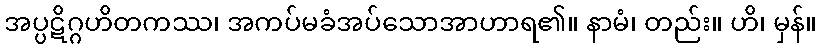
အပ္ပဋိဂ္ဂဟိတကဿ၊ အကပ်မခံအပ်သောအာဟာရ၏။ နာမံ၊ တည်း။ ဟိ၊ မှန်။